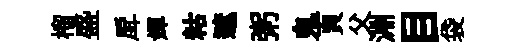
榴盛戽嬋䊀遮粥鬼頁父淵目袋